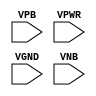
module sky130_fd_sc_hs__fill (
    //# {{power|Power}}
    input VPB ,
    input VPWR,
    input VGND,
    input VNB
);
endmodule